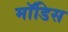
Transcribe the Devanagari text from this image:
मॉडिस